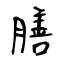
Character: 膳